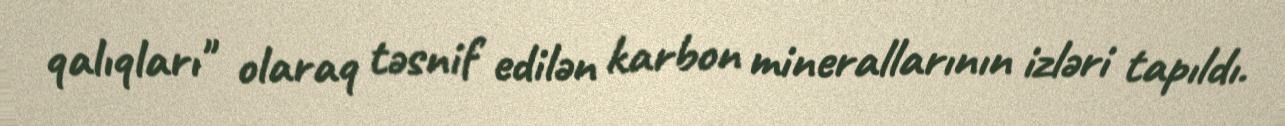
qalıqları" olaraq təsnif edilən karbon minerallarının izləri tapıldı.